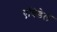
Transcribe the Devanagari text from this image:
एबिडेल